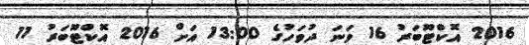
2016 އޮކްޓޫބަރު 16 ވަނަ ދުވަހުގެ 13:00 އަށް 2016 އޮކްޓޫބަރު 11